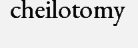
cheilotomy